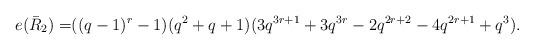
LaTeX: \begin{align*} e(\bar R_2)= & ((q-1)^r-1) (q^2+q+1)(3 q^{3 r+1}+ 3 q^{3 r} - 2 q^{2 r+2} - 4 q^{ 2 r+1} +q^3). \end{align*}